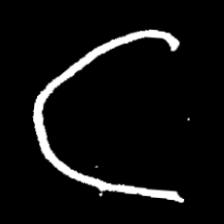
Pyu character \u2014 Myanmar letter: ဋ (romanized: tta)